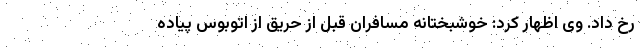
رخ داد. وی اظهار کرد: خوشبختانه مسافران قبل از حریق از اتوبوس پیاده